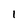
Character: l